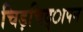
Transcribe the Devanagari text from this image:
चिड़चिद्ापन